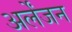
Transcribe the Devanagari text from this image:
अर्लेंजन